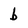
Character: b